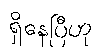
ရှိနေပြီဟု